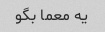
یه معما بگو